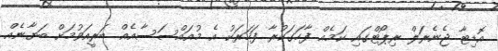
އޮޑިޓާ ޖެނެރަލް ރިޕޯޓްގައި ކަމެއް ފާހަގަކުރާ ފަހަރަކު އެ މުއައްސަސާއެއް ބަރީއަވުމަށް ބަޔާނެއް